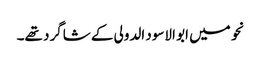
نحو میں ابو الاسود الدولی کے شاگرد تھے۔